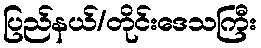
ပြည်နယ်/တိုင်းဒေသကြီး